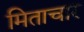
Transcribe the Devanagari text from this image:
मिताचार